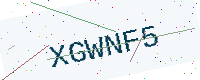
Text: XGWNF5